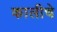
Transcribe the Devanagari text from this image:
कालीचे